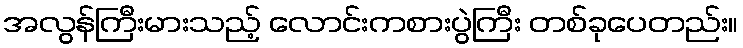
အလွန်ကြီးမားသည့် လောင်းကစားပွဲကြီး တစ်ခုပေတည်း။